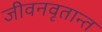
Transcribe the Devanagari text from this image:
जीवनवृतान्त